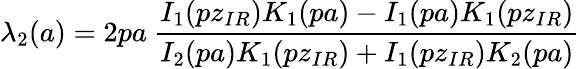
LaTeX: \lambda_{2}(a)=2pa~\frac{I_{1}(pz_{IR})K_{1}(pa)-I_{1}(pa)K_{1}(pz_{IR})}{I_{2}(pa)K_{1}(pz_{IR})+I_{1}(pz_{IR})K_{2}(pa)}